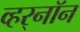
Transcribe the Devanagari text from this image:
व्हर्‌नॉन